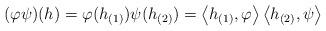
LaTeX: \begin{align*} (\varphi\psi)(h) = \varphi(h_{(1)})\psi(h_{(2)}) = \left<h_{(1)},\varphi\right>\left<h_{(2)},\psi\right> \end{align*}